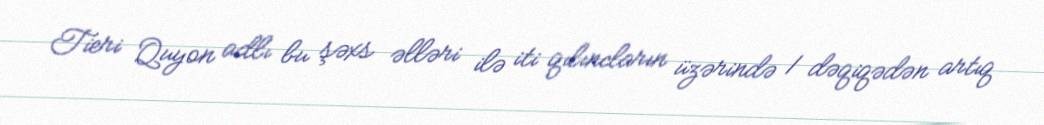
Tieri Quyon adlı bu şəxs əlləri ilə iti qılıncların üzərində 1 dəqiqədən artıq